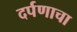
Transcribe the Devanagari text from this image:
दर्पणाचा